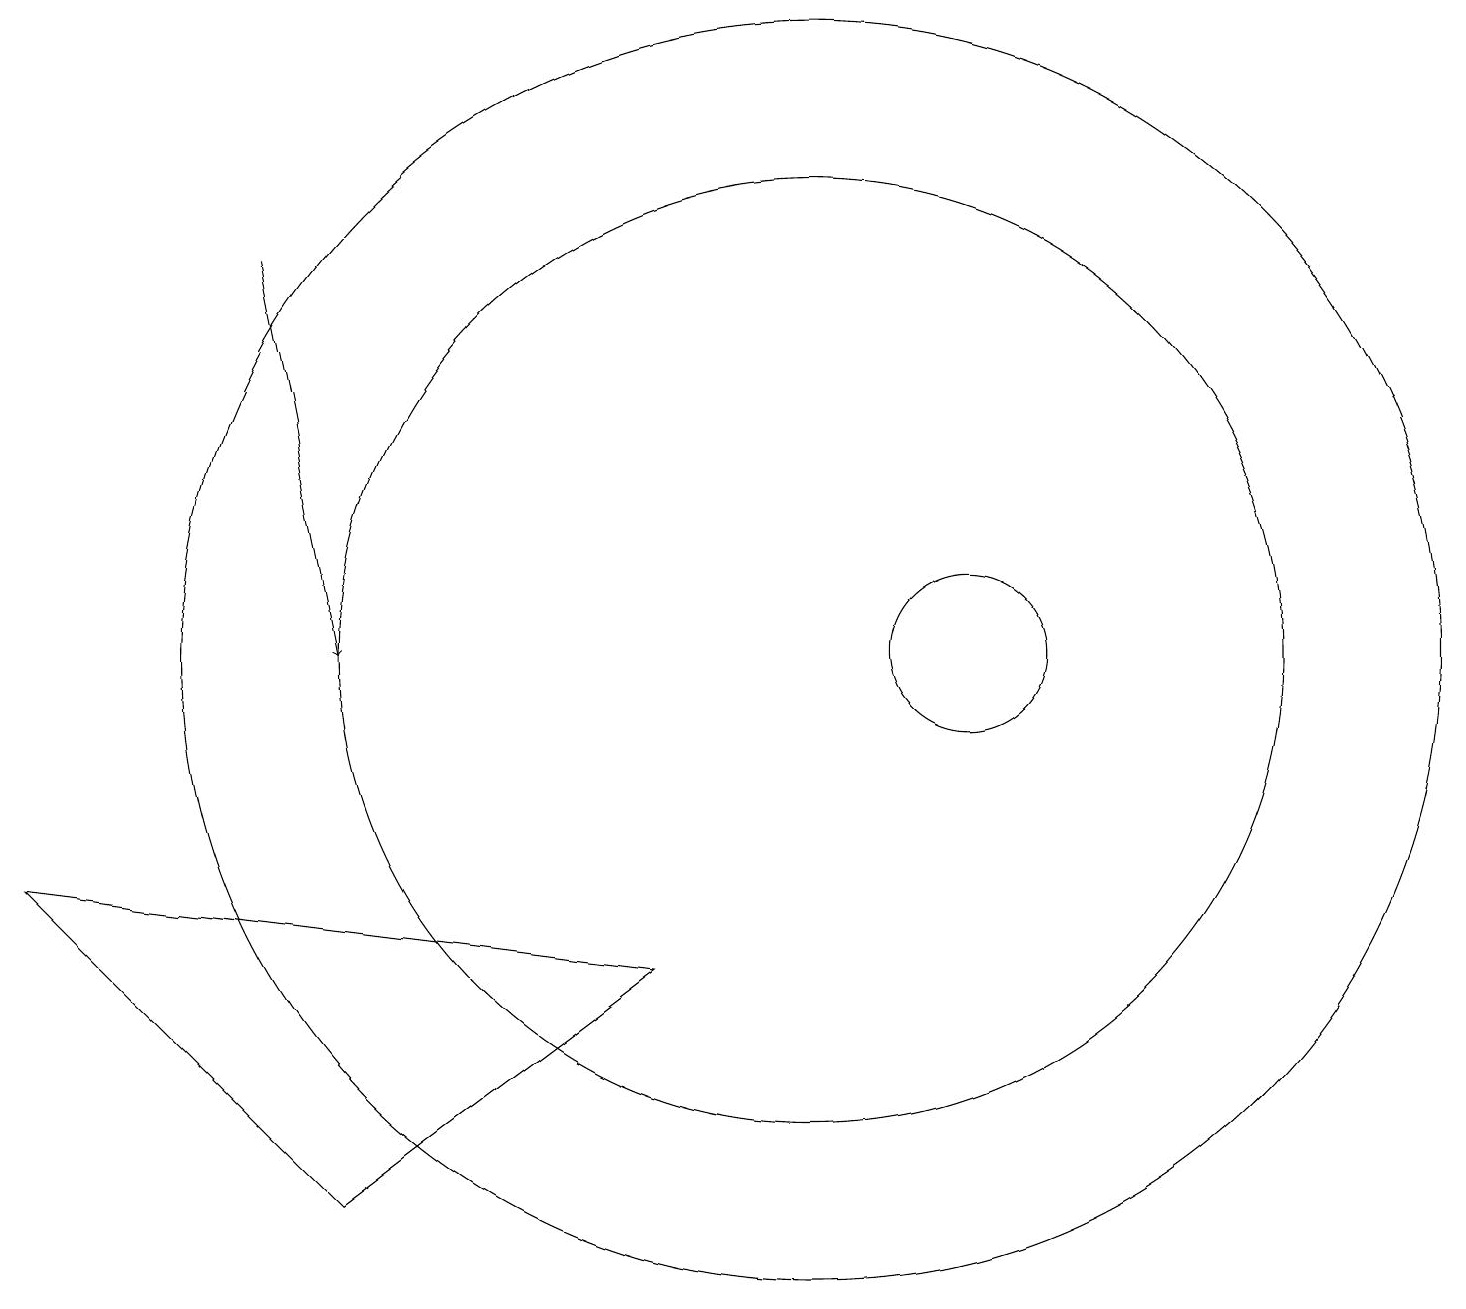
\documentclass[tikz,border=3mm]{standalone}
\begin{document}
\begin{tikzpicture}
\draw (4,4) -- (8,7) -- (0,8) -- cycle;
\draw (12,11) circle (1);
\draw (10,11) circle (6);
\draw[->] (3,16) -- (4,11);
\draw (10,11) circle (8);
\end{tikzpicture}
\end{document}